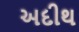
અદીથ